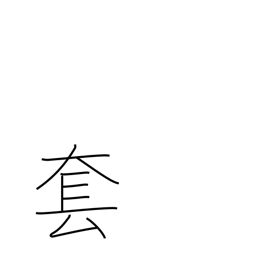
Meaning: hackneyed